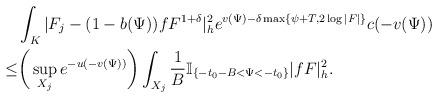
LaTeX: \begin{align*}&\int_K|F_{j}-(1-b(\Psi))fF^{1+\delta}|_{h}^2e^{v(\Psi)-\delta \max\{\psi+T,2\log|F|\}}c(-v(\Psi))\\\le&\bigg(\sup_{X_j}e^{-u(-v(\Psi))}\bigg)\int_{X_j}\frac{1}{B}\mathbb{I}_{\{-t_0-B<\Psi<-t_0\}} |fF|^2_h.\end{align*}